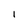
Character: I